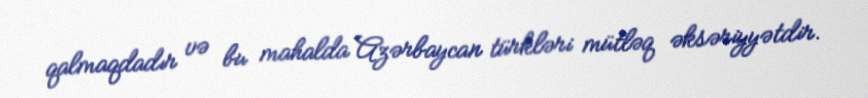
qalmaqdadır və bu mahalda Azərbaycan türkləri mütləq əksəriyyətdir.